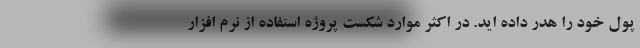
پول خود را هدر داده اید. در اکثر موارد شکست پروژه استفاده از نرم افزار